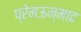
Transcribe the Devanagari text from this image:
प्रेमऊन्माद